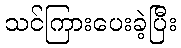
သင်ကြားပေးခဲ့ပြီး